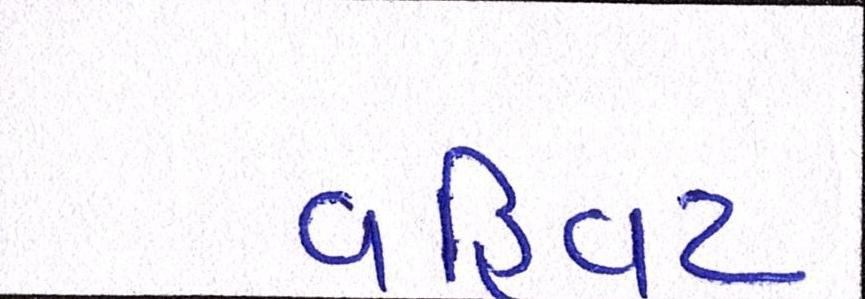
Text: વહિવટ